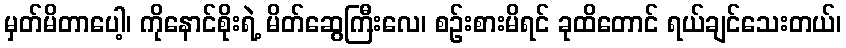
မှတ်မိတာပေါ့၊ ကိုနောင်စိုးရဲ့ မိတ်ဆွေကြီးလေ၊ စဉ်းစားမိရင် ခုထိတောင် ရယ်ချင်သေးတယ်၊